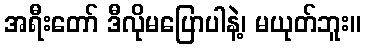
အရီးတော် ဒီလိုမပြောပါနဲ့၊ မယုတ်ဘူး။